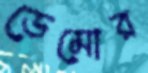
ডেমোর